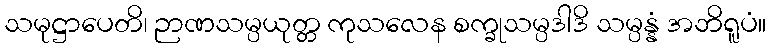
သမုဋ္ဌာပေတိ၊ ဉာဏသမ္ပယုတ္တ ကုသလေန စက္ခုသမ္ပဒါဒိ သမ္ပန္နံ အဘိရူပံ။